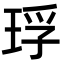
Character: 琈